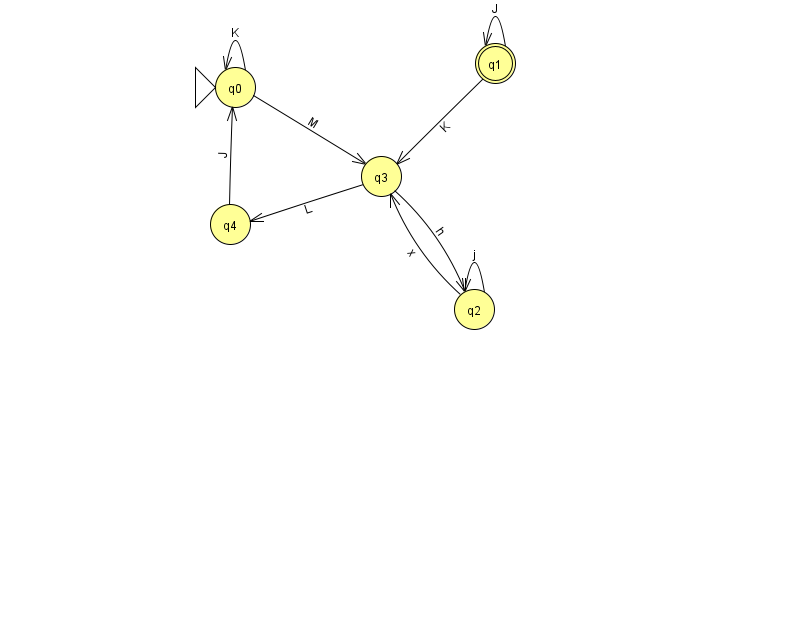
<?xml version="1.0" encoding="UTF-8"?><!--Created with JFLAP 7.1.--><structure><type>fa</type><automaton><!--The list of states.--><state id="0" name="q0"><x>235.0</x><y>74.0</y><initial/></state><state id="1" name="q1"><x>495.0</x><y>50.0</y><final/></state><state id="2" name="q2"><x>474.0</x><y>296.0</y></state><state id="3" name="q3"><x>381.0</x><y>163.0</y></state><state id="4" name="q4"><x>230.0</x><y>211.0</y></state><!--The list of transitions.--><transition><from>4</from><to>0</to><read>J</read></transition><transition><from>2</from><to>3</to><read>x</read></transition><transition><from>3</from><to>2</to><read>h</read></transition><transition><from>3</from><to>4</to><read>L</read></transition><transition><from>1</from><to>3</to><read>K</read></transition><transition><from>0</from><to>3</to><read>M</read></transition><transition><from>1</from><to>1</to><read>J</read></transition><transition><from>2</from><to>2</to><read>j</read></transition><transition><from>0</from><to>0</to><read>K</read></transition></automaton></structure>